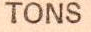
TONS